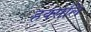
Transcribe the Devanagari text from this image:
हक्सलि